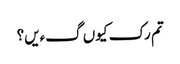
تم رک کیوں گءیں؟